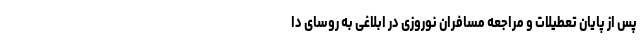
پس از پایان تعطیلات و مراجعه مسافران نوروزی در ابلاغی به روسای دا